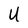
Character: U